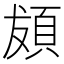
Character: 𩑱